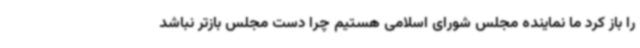
را باز کرد ما نماینده مجلس شورای اسلامی هستیم چرا دست مجلس بازتر نباشد